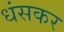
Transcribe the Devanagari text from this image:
धंसकर